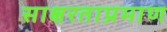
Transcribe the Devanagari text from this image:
साक्षरताप्रमाण